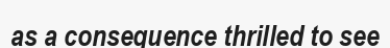
as a consequence thrilled to see